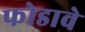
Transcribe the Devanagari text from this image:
फोडावे